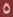
5